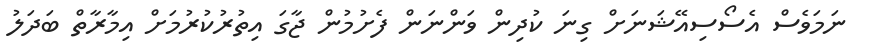
ނަމަވެސް އެސޯސިއޭޝަނަށް ގިނަ ކުދިން ވަންނަން ފެށުމުން ޖާގަ އިތުރުކުރުމަށް އިމާރާތް ބަދަލު